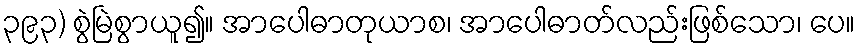
၃၉၃) စွဲမြဲစွာယူ၍။ အာပေါဓာတုယာစ၊ အာပေါဓာတ်လည်းဖြစ်သော၊ ပေ။